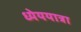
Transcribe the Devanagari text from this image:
ध्येययात्रा